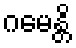
ဂမေန္တိ